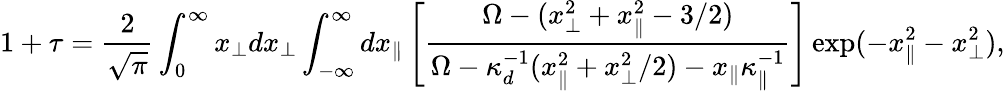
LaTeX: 1+\tau=\frac{2}{\sqrt{\pi}}\int_{0}^{\infty}x_{\perp}dx_{\perp}\int_{-\infty}^{\infty}dx_{\| }\left[\frac{\Omega-(x_{\perp}^{2}+x_{\| }^{2}-3/2)}{\Omega-\kappa_{d}^{-1}(x_{\| }^{2}+x_{\perp}^{2}/2)-x_{\| }\kappa_{\| }^{-1}}\right]\exp(-x_{\| }^{2}-x_{\perp}^{2}),